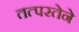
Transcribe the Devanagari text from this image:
तत्‍परतेने